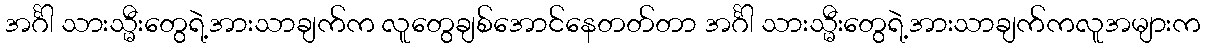
အင်္ဂါ သားသ္မီးတွေရဲ့အားသာချက်က လူတွေချစ်အောင်နေတတ်တာ အင်္ဂါ သားသ္မီးတွေရဲ့အားသာချက်ကလူအများက